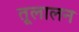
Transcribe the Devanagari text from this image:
तूलालन